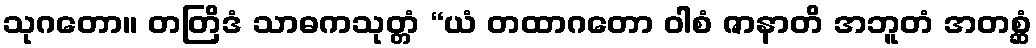
သုဂတော။ တတြိဒံ သာဓကသုတ္တံ “ယံ တထာဂတော ဝါစံ ဇာနာတိ အဘူတံ အတစ္ဆံ